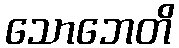
သောဘေတိ